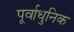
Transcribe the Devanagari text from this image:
पूर्वाधुनिक